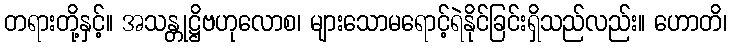
တရားတို့နှင့်။ အသန္တုဋ္ဌိဗဟုလောစ၊ များသောမရောင့်ရဲနိုင်ခြင်းရှိသည်လည်း။ ဟောတိ၊